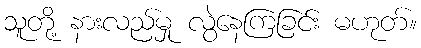
သူတို့ နားလည်မှု လွဲနေကြခြင်း မဟုတ်။